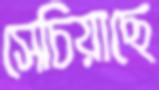
সেচিয়াছে